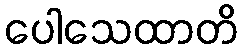
ပေါသေထာတိ